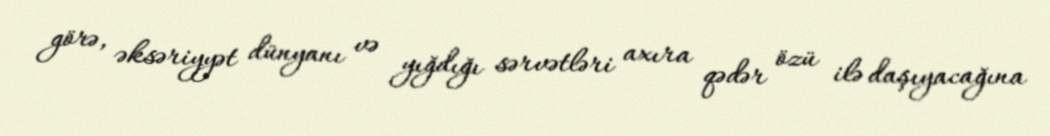
görə, əksəriyyət dünyanı və yığdığı sərvətləri axıra qədər özü ilə daşıyacağına